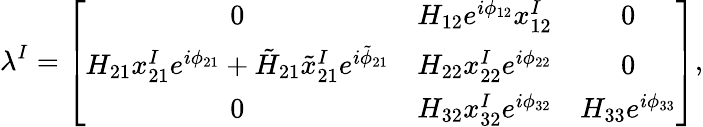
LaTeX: \lambda^{I}=\left[\begin{array}{ccc}{{0}}&{{H_{12}e^{i\phi_{12}}x_{12}^{I}}}&{{0}}\\ {{H_{21}x_{21}^{I}e^{i\phi_{21}}+\tilde{H}_{21}\tilde{x}_{21}^{I}e^{i\tilde{\phi}_{21}}}}&{{H_{22}x_{22}^{I}e^{i\phi_{22}}}}&{{0}}\\ {{0}}&{{H_{32}x_{32}^{I}e^{i\phi_{32}}}}&{{H_{33}e^{i\phi_{33}}}}\end{array}\right],